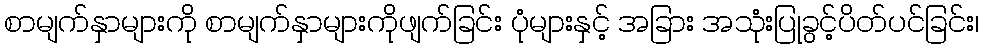
စာမျက်နှာများကို စာမျက်နှာများကိုဖျက်ခြင်း ပုံများနှင့် အခြား အသုံးပြုခွင့်ပိတ်ပင်ခြင်း၊